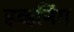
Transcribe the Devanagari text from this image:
इव्हनिंग